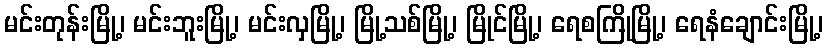
မင်းတုန်းမြို့၊ မင်းဘူးမြို့၊ မင်းလှမြို့၊ မြို့သစ်မြို့၊ မြိုင်မြို့၊ ရေစကြိုမြို့၊ ရေနံချောင်းမြို့၊